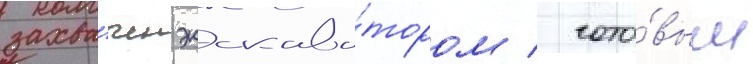
захва́чен экскава́тором / гото́вым